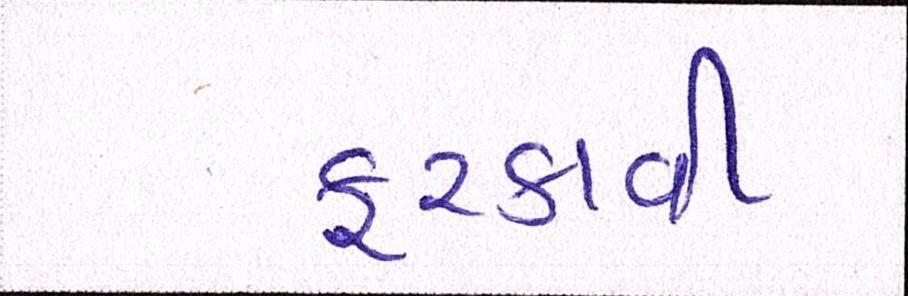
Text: ફરકાવી